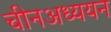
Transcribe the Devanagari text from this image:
चीनअध्ययन